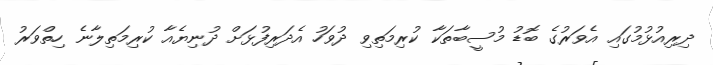
ދިރިއުޅުމުގައި އެވަރުގެ ބޮޑު މުސީބާތަކާ ކުރިމަަތިވި ދުވަހު އެދަރިފުޅަށް ދުނިޔެއާ ކުރިމަަތިލާނެ ހިތްވަރު